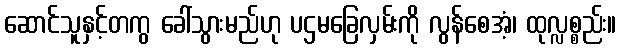
ဆောင်သူနှင့်တကွ ခေါ်သွားမည်ဟု ပဌမခြေလှမ်းကို လွန်စေအံ့၊ ထုလ္လစ္စည်း။